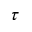
\tau